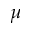
\mu